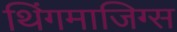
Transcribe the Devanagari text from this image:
थिंगमाजिग्स